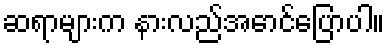
ဆရာများက နားလည်အောင်ပြောပါ။